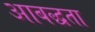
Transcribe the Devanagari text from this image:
आबद्धता